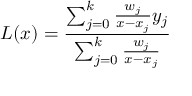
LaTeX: L ( x ) = { \frac { \sum _ { j = 0 } ^ { k } { \frac { w _ { j } } { x - x _ { j } } } y _ { j } } { \sum _ { j = 0 } ^ { k } { \frac { w _ { j } } { x - x _ { j } } } } }